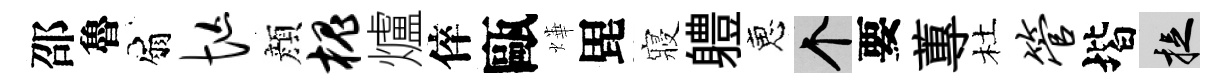
邵魯扇忙顔槐爐倅甌燁毘寢軆恵个要蓴杜管堦捉